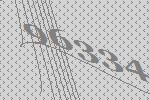
96334